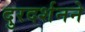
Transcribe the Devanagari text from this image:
दुरदर्शनने